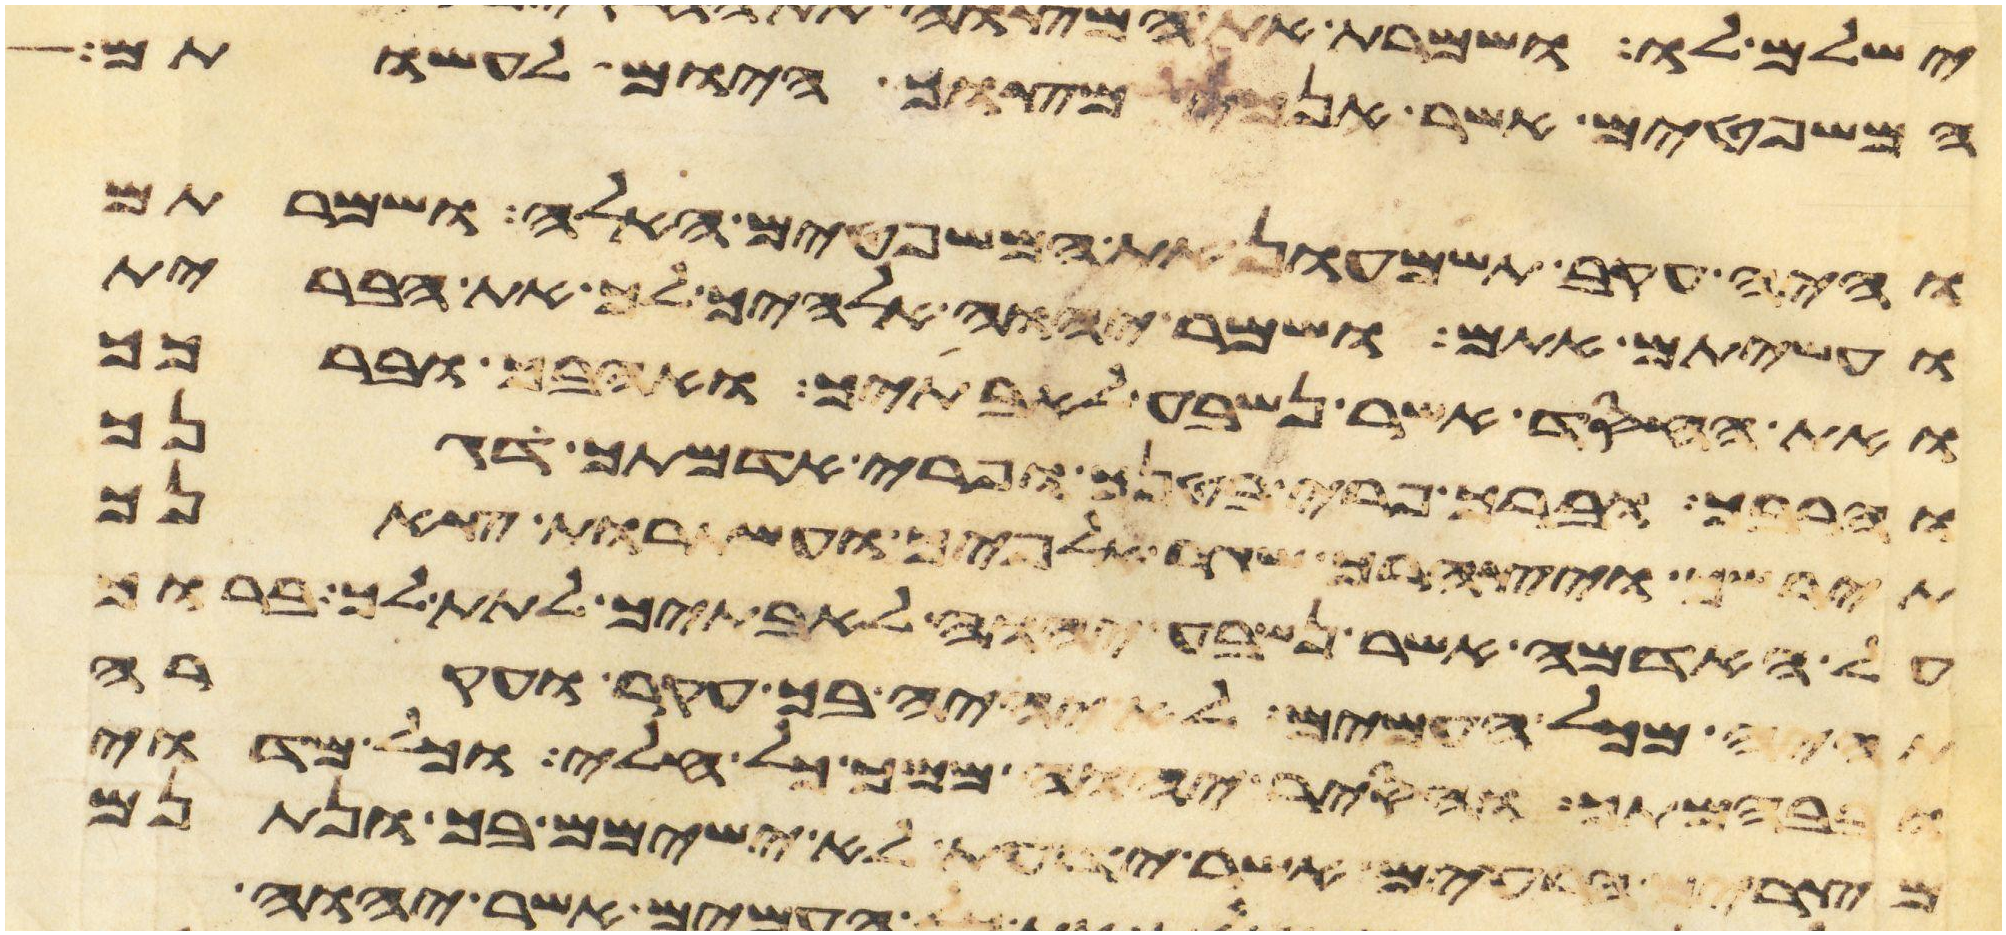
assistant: המשפטים אשר אנכי מצוך היום לעשותם
והיה עקב תשמעון את המשפטים האלה ושמרתם
ועשיתם אתם ושמר יהוה אלהיך לך את הברית
ואת החסד אשר נשבע לאבתיך ואהבך וברכך
והרבך וברך פרי בטנך ופרי אדמתך דגנך
תירשך ויצהרך שגר אלפיך ועשתרות צאנך
על האדמה אשר נשבע יהוה לאבתיך לתת לך ברוך
תהיה מכל העמים לא יהיה בך עקר ועקרה
ובבהמתך והסיר יהוה ממך כל חלי וכל מדוי
מצרים הרעים אשר ידעת לא ישימם בך ונתנם